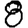
Digit: 8